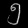
Digit: ၅